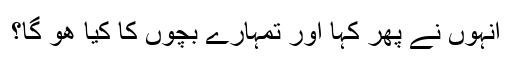
انہوں نے پھر کہا اور تمہارے بچوں کا کیا ھو گا؟